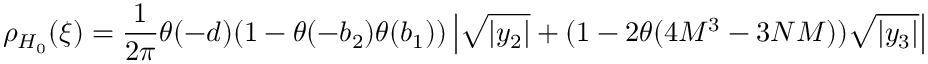
\rho _ { H _ { 0 } } ( \xi ) = \frac { 1 } { 2 \pi } \theta ( - d ) ( 1 - \theta ( - b _ { 2 } ) \theta ( b _ { 1 } ) ) \left| \sqrt { | y _ { 2 } | } + ( 1 - 2 \theta ( 4 M ^ { 3 } - 3 N M ) ) \sqrt { | y _ { 3 } | } \right|